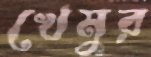
খেমুর